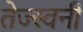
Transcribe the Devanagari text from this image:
तेज्स्वनी